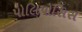
પોલિપોસિસ